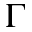
\Gamma